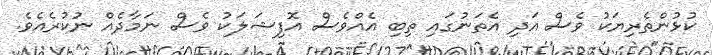
ކުޅުންތެރިޔަކު ވެސް އަދި އެތަނުގައި ތިބި އެއްވެސް އޮފިޝަލަކު ވެސް ނަމާދެއް ނުކުރެއެވެ.